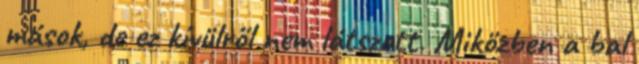
mások, de ez kívülről nem látszott. Miközben a bal